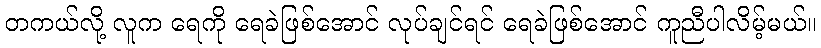
တကယ်လို့ လူက ရေကို ရေခဲဖြစ်အောင် လုပ်ချင်ရင် ရေခဲဖြစ်အောင် ကူညီပါလိမ့်မယ်။